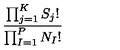
\frac { \prod _ { j = 1 } ^ { K } S _ { j } ! } { \prod _ { I = 1 } ^ { P } N _ { I } ! }